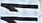
11